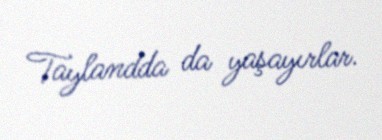
Taylandda da yaşayırlar.